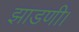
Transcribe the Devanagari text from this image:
झाडणी।